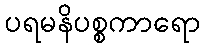
ပရမနိပစ္စကာရော